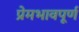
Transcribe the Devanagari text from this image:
प्रेमभावपूर्ण